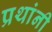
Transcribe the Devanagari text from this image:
प्रथांनी